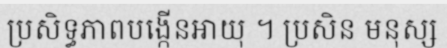
ប្រសិទ្ធភាពបង្កើនអាយុ ។ ប្រសិន មនុស្ស